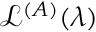
\mathcal { L } ^ { ( A ) } ( \lambda )